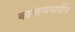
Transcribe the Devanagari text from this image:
कार्यान्वयाधीन